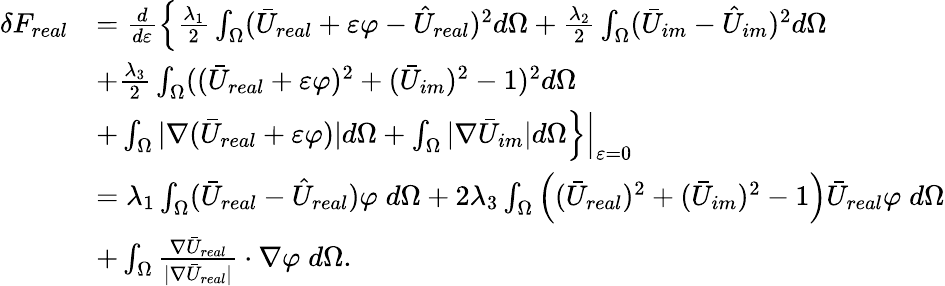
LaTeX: \begin{array}{rl}{\delta F_{real}}&{=\frac{d}{d\varepsilon}\left\{ \frac{\lambda_{1}}{2}\int_{\Omega}(\bar{U}_{real}+\varepsilon\varphi-\hat{U}_{real})^{2}d\Omega+\frac{\lambda_{2}}{2}\int_{\Omega}(\bar{U}_{im}-\hat{U}_{im})^{2}d\Omega\right.}\\ &{+\frac{\lambda_{3}}{2}\int_{\Omega}((\bar{U}_{real}+\varepsilon\varphi)^{2}+(\bar{U}_{im})^{2}-1)^{2}d\Omega}\\ &{\left.+\int_{\Omega}|\nabla(\bar{U}_{real}+\varepsilon\varphi)|d\Omega+\int_{\Omega}|\nabla\bar{U}_{im}|d\Omega\right\} \Big|_{\varepsilon=0}}\\ &{=\lambda_{1}\int_{\Omega}(\bar{U}_{real}-\hat{U}_{real})\varphi\; d\Omega+2\lambda_{3}\int_{\Omega}\left((\bar{U}_{real})^{2}+(\bar{U}_{im})^{2}-1\right)\bar{U}_{real}\varphi\; d\Omega}\\ &{+\int_{\Omega}\frac{\nabla\bar{U}_{real}}{|\nabla\bar{U}_{real}|}\cdot\nabla\varphi\; d\Omega.}\end{array}